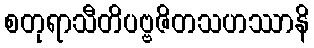
စတုရာသီတိပဗ္ဗဇိတသဟဿာနိ